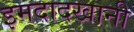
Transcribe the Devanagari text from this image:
इमदादखानी